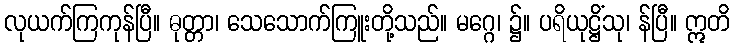
လုယက်ကြကုန်ပြီ။ ဓုတ္တာ၊ သေသောက်ကြူးတို့သည်။ မဂ္ဂေ၊ ၌။ ပရိယုဋ္ဌိံသု၊ န်ပြီ။ ဣတိ